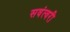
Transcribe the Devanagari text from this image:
सवंत्वरी